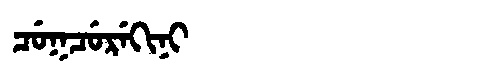
Manchu: ᠴᡠᡴᠴᡠᡵᡝᡴᡳᠨᡳ
Romanization: CUKCUREKINI